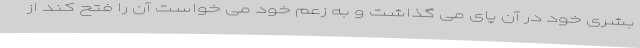
بشری خود در آن پای می گذاشت و به زعم خود می خواست آن را فتح کند از